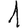
Digit: 1